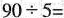
$$90\div5=$$